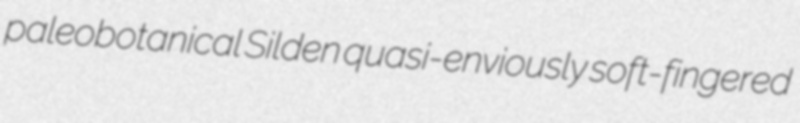
paleobotanical Silden quasi-enviously soft-fingered